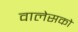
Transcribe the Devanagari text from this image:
वालेसको